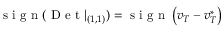
\mathrm { ~ s ~ i ~ g ~ n ~ } ( \mathrm { ~ D ~ e ~ t ~ } | _ { ( 1 , 1 ) } ) = \mathrm { ~ s ~ i ~ g ~ n ~ } \left( v _ { T } - v _ { T } ^ { * } \right)